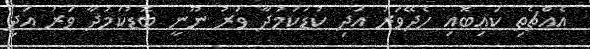
އެއްޗެތި ކައިބޮއި ހެދޭވަރު އަދި ކުޑަކަމުދާ ވަރު ނޫނީ ބޮޑުކަމުދާ ވަރު އަދި